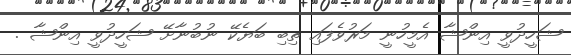
ޝަހީދުވީ އިންޝާ އެމީހުނީ މަރުވެފައި ތިބި ބަޔެކޭ ނުބުނާށޭ ޝަހީދުވީ އިންޝާ .